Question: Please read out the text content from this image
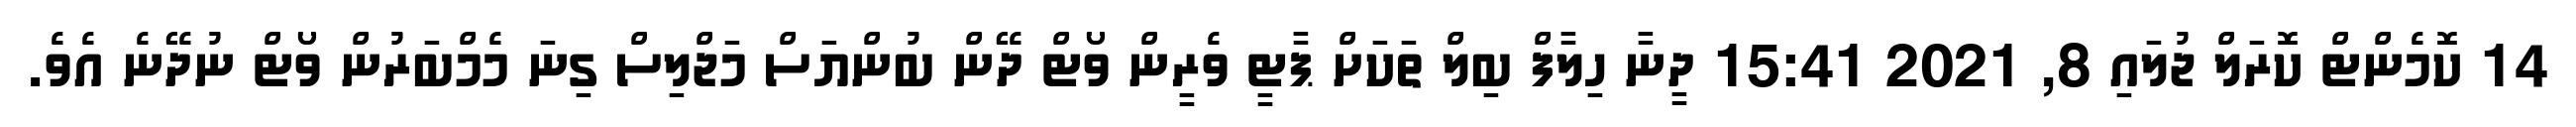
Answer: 14 ކޮމެންޓް ކޮރަލް ޖުލައި 8, 2021 15:41 ދީނާ ހިލާފް ބިލް ތަކަށް ޕާޓީ ވެރީން ވޯޓް ދޭން ބުންޔަސް މަޖްލިސް ގިނަ މެމްބަރުން ވޯޓް ނުދޭނެ އެވެ.